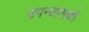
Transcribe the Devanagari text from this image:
उपन्यासको